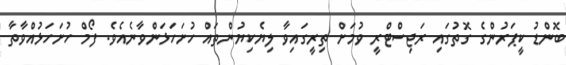
ބޮންޑު ކީޕަރުންގެ ގޮތުގައި ރަޖިސްޓްރީ ވުމަށް ތިރީގައިވާ ލިޔެކިޔުންތައް ހުށަހަޅަންވާނެއެވެ. ފޯމް ހުށަހަޅުއްވާތާ